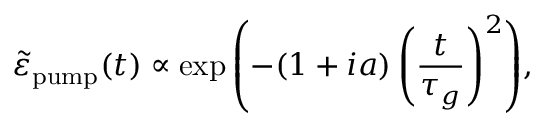
\tilde { \varepsilon } _ { \mathrm { p u m p } } ( t ) \propto \exp { \left( - ( 1 + i a ) \left( \frac { t } { \tau _ { g } } \right) ^ { 2 } \right) } ,